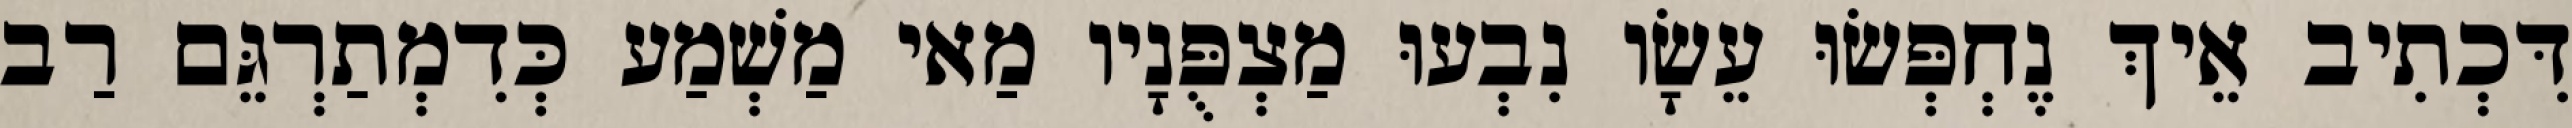
דִּכְתִיב אֵיךְ נֶחְפְּשׂוּ עֵשָׂו נִבְעוּ מַצְפֻּנָיו מַאי מַשְׁמַע כְּדִמְתַרְגֵּם רַב